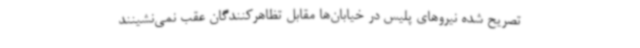
تصریح شده نیروهای پلیس در خیابان‌ها مقابل تظاهرکنندگان عقب نمی‌نشینند